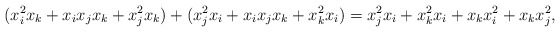
\begin{align*}(x_i^2x_k+x_ix_jx_k+x_j^2x_k )+ (x_j^2x_i+x_ix_jx_k+x_k^2x_i) = x_j^2x_i+x_k^2x_i+x_kx_i^2+x_kx_j^2,\end{align*}